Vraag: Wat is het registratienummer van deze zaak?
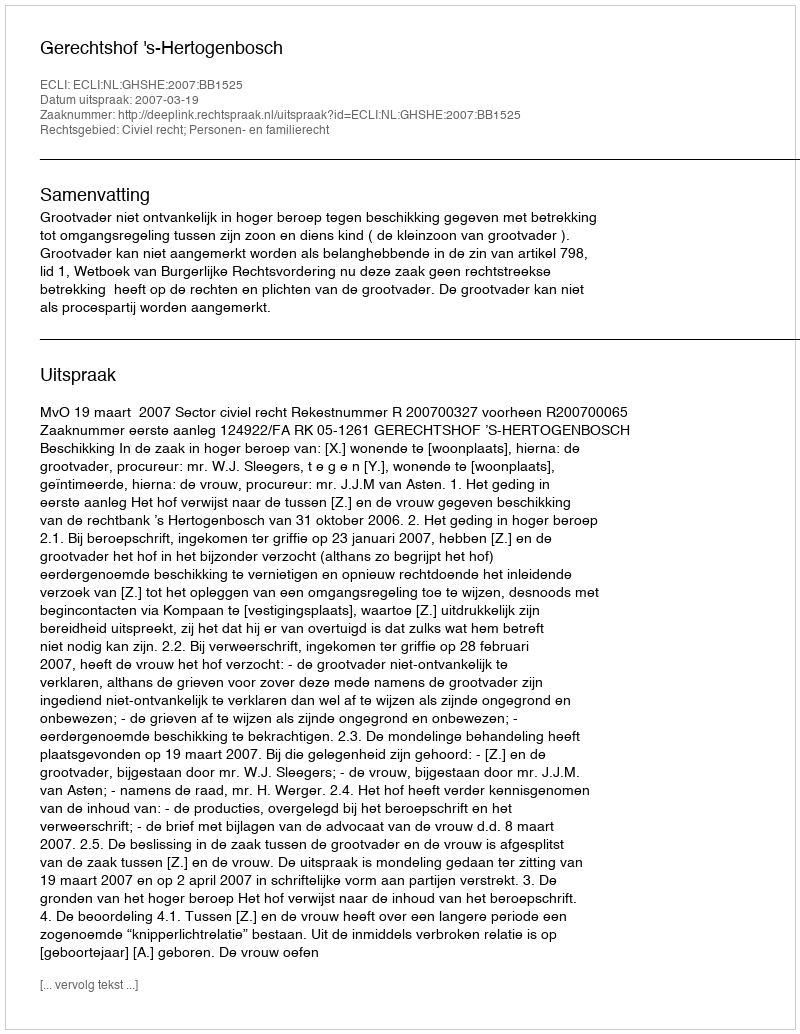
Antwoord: http://deeplink.rechtspraak.nl/uitspraak?id=ECLI:NL:GHSHE:2007:BB1525